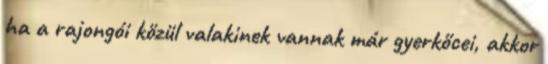
ha a rajongói közül valakinek vannak már gyerkőcei, akkor